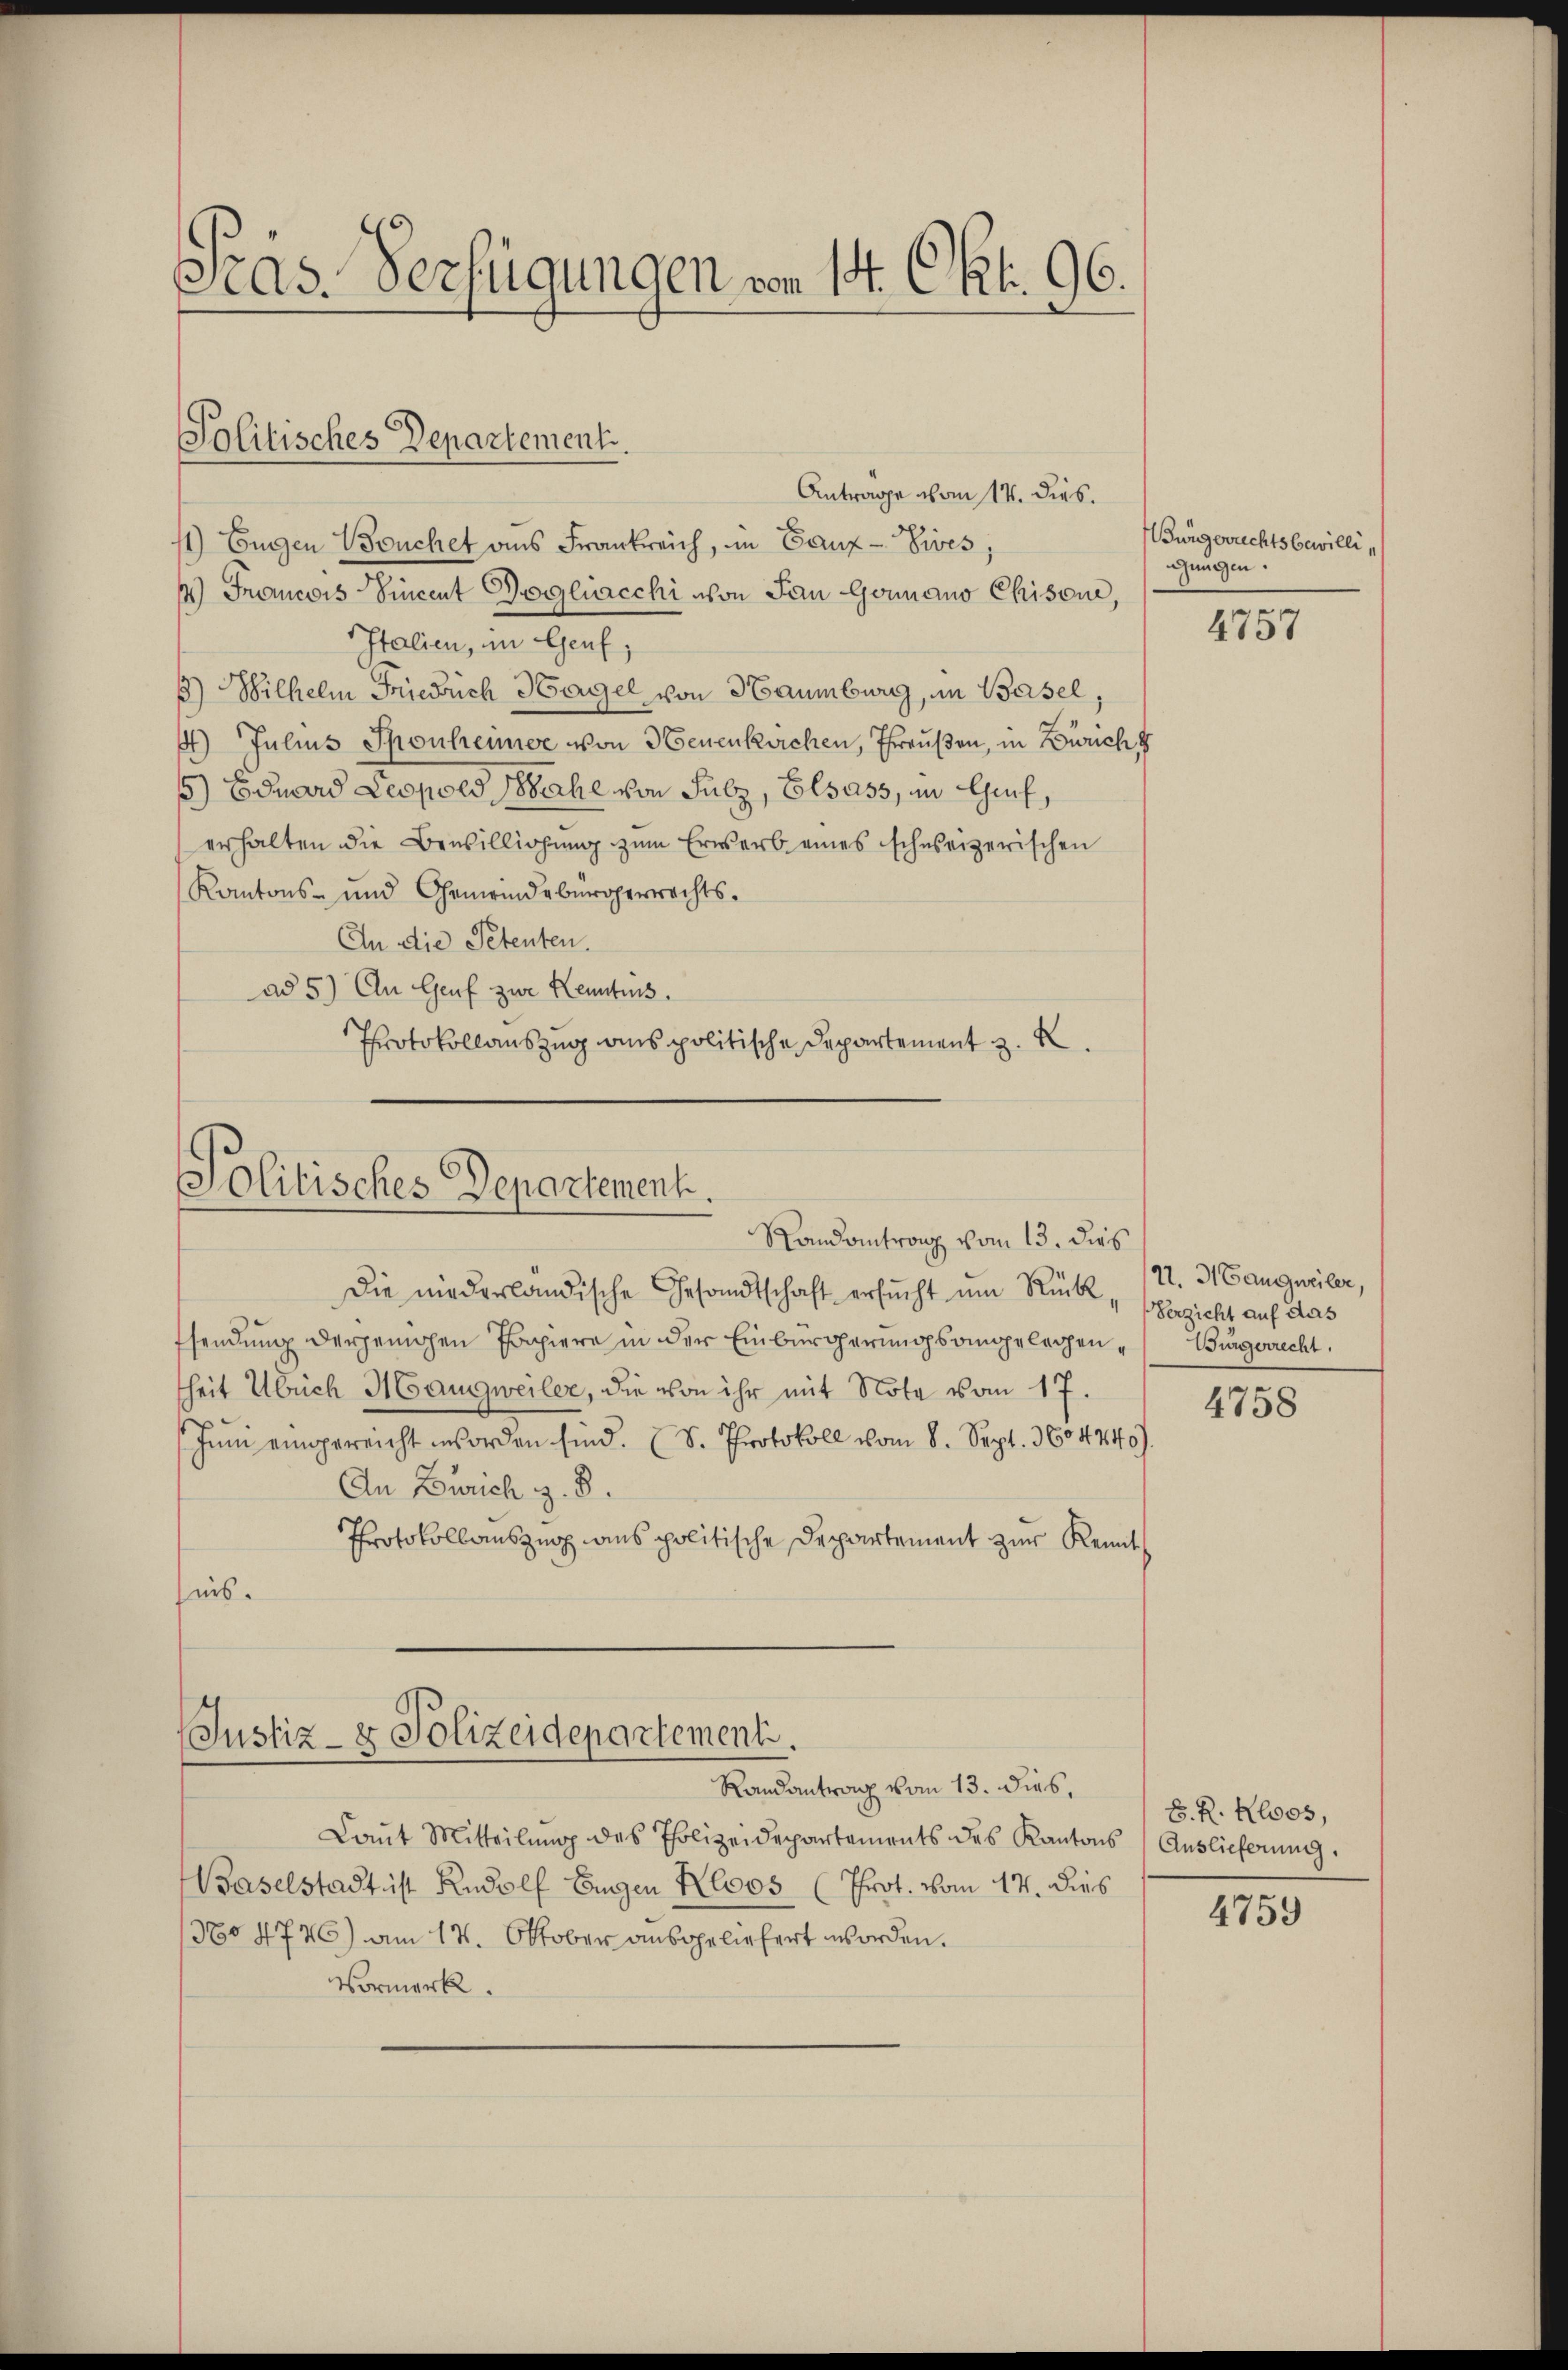
as. Verfügungen vom 14. Okt. 96.

Politisches Departement.

Antrage vom 14. dies.
11) Eugen Bruchet aus Frankreich, in Ganz-Sives,
14) Francois Vincent Gogliacchi von Jan Goumano Chisone,
Italien, im Genf,
1) Wilhelm Friedrich Hagel von Haumburg, im Basel,
4) Julius Sponheimer von Neuenkirchen, Preußen, in Zürich d
5) Eduard Leopold Nahe von Sulz, Elsass, in Genf,
erhalten die Bewilligung zum Erwerb eines schweizerischen
Kantons- und Gemeindebürgerrechts¬
An die Petenten.
ad 5) An Genf zur Kenntnis.
Protokollauszug aus politische Departement z. B.

Politisches Departement.

Randantrang vom 13. dies
Die niederländische Gesandtschaft ersŭcht um Rück-
Esendung derjenigen Papiere in der Einbürgerungsangelegen Bürgerrecht.
heit Ulrich Haugweiler, die von ihr mit Note vom 17.
Juni eingereicht worden sind. (S. Protokoll vom 8. Sept. 360 4240.
An Zürich z. B.
Protokollauszug aus politische Departement zur Kennt
nis.

Justiz- & Polizeidepartement.
Randantrag vom 13. dies,

Laŭt Mitteilŭng des Polizeidepartements des Kantons Auslieferŭng.
Baselstadt ist Rudolf Eigen Kloos (Prot. vom 17. dies
1380 4746) am 17. Oktober ausgeliefert worden.
Vormerk.

Bürgerrechtsbewilli
ungen.

4757

21. d. Gangweiler,
Verzicht auf das

4758

E. R. Kloos,

4759